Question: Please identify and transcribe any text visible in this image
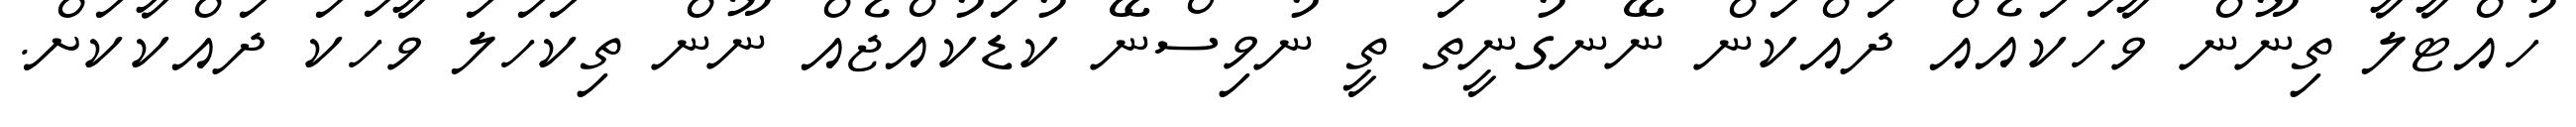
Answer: ހުއްޓާލާ ތިނޫން ވާހަކައެއް ދައްކަން ނޭނގުނީތަ ތީ ނުވިސްނޭ ކުޑަކުއްޖެއް ނޫން ތިކަހަލަ ވާހަކަ ދައްކާކަށް.